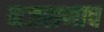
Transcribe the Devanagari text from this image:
नजराणाच